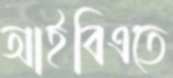
আইবিএতে